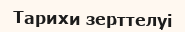
Тарихи зерттелуі